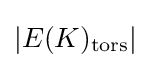
|E(K)_{\text{tors}}|